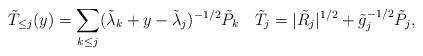
LaTeX: \begin{align*} \tilde T_{\leq j}(y)=\sum_{k\leq j}(\tilde\lambda_k+y-\tilde\lambda_j)^{-1/2}\tilde P_k\quad\tilde T_j=|\tilde R_j|^{1/2}+\tilde g_j^{-1/2}\tilde P_j,\end{align*}